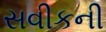
સવીકની